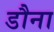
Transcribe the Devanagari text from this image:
डौना